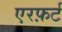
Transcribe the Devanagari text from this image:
एरफ़र्ट